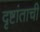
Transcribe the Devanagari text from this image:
दृष्टांताची